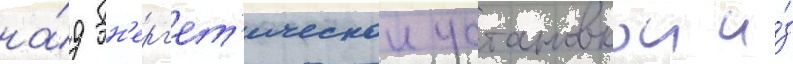
на́д эн'ерг'ет'ическои установкои и́з